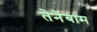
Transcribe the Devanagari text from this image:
तेनेंबाम